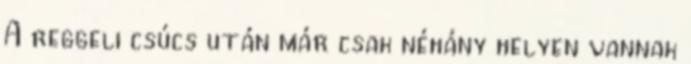
A reggeli csúcs után már csak néhány helyen vannak